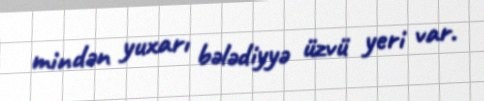
mindən yuxarı bələdiyyə üzvü yeri var.